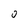
Character: 0